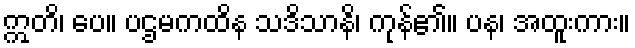
ဣတိ၊ ပေ။ ပဌမကထိန သဒိသာနိ၊ ကုန်၏။ ပန၊ အထူးကား။